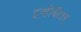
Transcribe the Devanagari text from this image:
इन्हीबीतर्